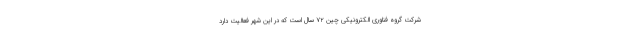
شرکت گروه فناوری الکترونیکی چین ۷۲ سال است که در این شهر فعالیت دارد